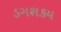
ડગશકય